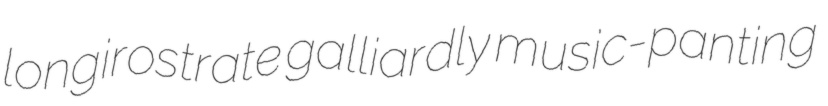
longirostrate galliardly music-panting